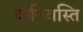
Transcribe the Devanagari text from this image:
योनिवस्ति